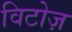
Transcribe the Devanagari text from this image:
विटोज़